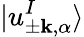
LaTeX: |u_{\pm\mathbf{k},\alpha}^{I}\rangle